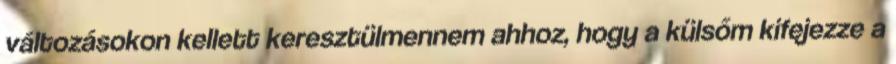
változásokon kellett keresztülmennem ahhoz, hogy a külsőm kifejezze a